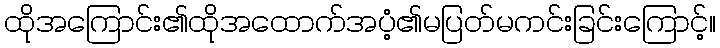
ထိုအကြောင်း၏ထိုအထောက်အပံ့၏မပြတ်မကင်းခြင်းကြောင့်။